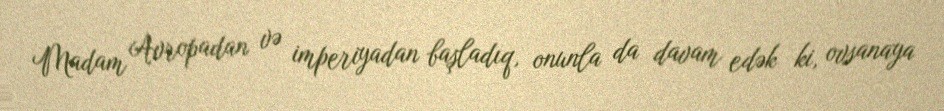
Madam Avropadan və imperiyadan başladıq, onunla da davam edək ki, ovsanaya